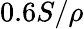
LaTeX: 0.6S/\rho